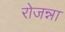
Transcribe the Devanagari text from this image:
रोजन्ना